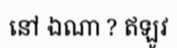
នៅ ឯណា ? ឥឡូវ